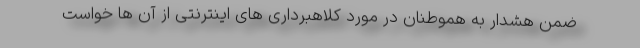
ضمن هشدار به هموطنان در مورد کلاهبرداری های اینترنتی از آن ها خواست